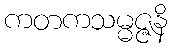
ကတကသမ္မဇ္ဇနိ